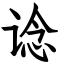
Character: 谂